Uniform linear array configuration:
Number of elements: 16
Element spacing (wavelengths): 0.75
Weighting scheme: uniform
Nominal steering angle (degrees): -45
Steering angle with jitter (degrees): -45.928
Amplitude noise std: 0.05
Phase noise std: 0.05

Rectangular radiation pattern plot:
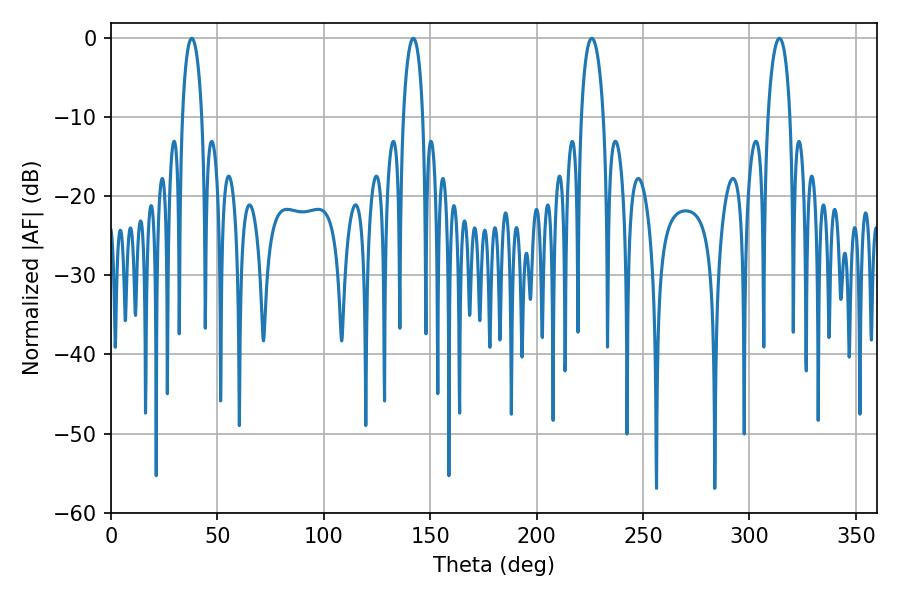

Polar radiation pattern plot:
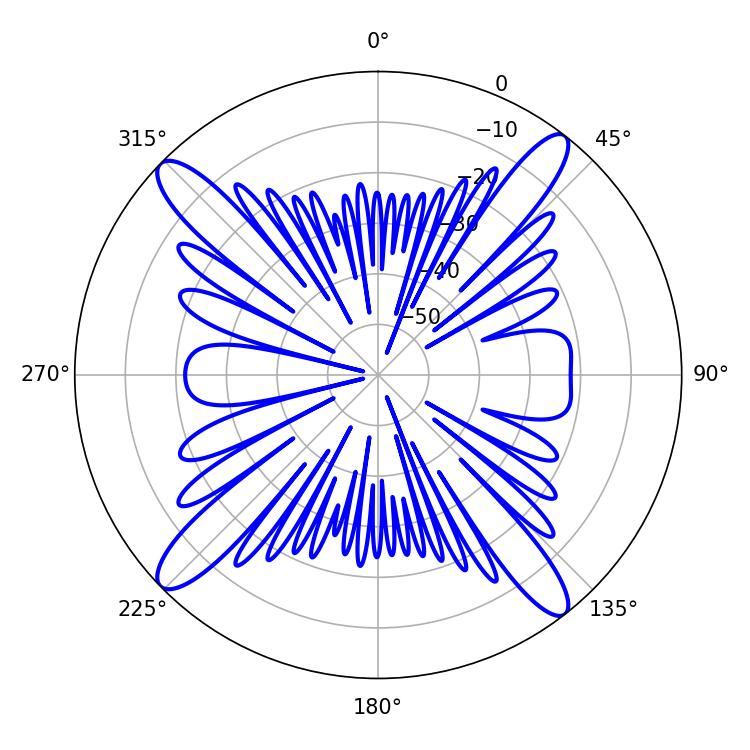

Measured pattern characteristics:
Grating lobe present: TRUE
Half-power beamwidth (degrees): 5.94
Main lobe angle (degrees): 225.9